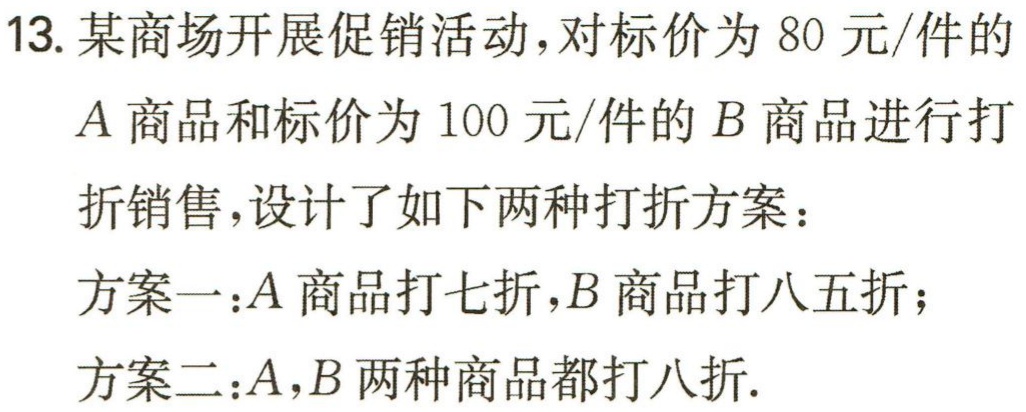
13. 某商场开展促销活动，对标价为 80 元/件的

$A$ 商品和标价为 100 元/件的 $B$ 商品进行打

折销售，设计了如下两种打折方案：

方案一：$A$ 商品打七折，$B$ 商品打八五折；

方案二：$A$，$B$ 两种商品都打八折.